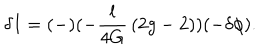
\delta I = ( - ) ( - { \frac { l } { 4 G } } \, ( 2 g - 2 ) ) ( - \delta \phi ) .